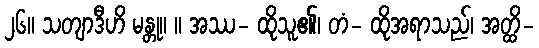
၂၆။ သတျာဒီဟိ မန္တု။ ။ အဿ- ထိုသူ၏၊ တံ- ထိုအရာသည်၊ အတ္ထိ-